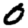
Digit: 0